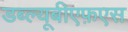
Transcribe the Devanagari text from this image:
डब्ल्यूबीएफ़एस